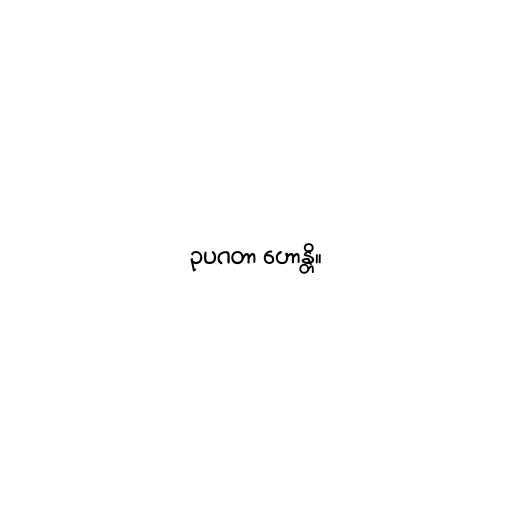
ဥပဂတာ ဟောန္တိ။